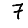
Digit: 7